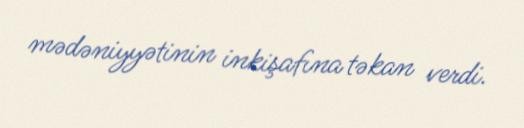
mədəniyyətinin inkişafına təkan verdi.